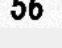
56